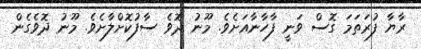
ރާޔާ ފުރަތަމަ ގޮސް ވަނީ ފާހާނާއަށެވެ. މޫނު ދޮވެ ސާފުކޮށްލާށެވެ. މޫނު ދޮވެގެން